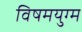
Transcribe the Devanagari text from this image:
विषमयुग्म